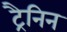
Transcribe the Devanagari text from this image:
ट्रैनिन